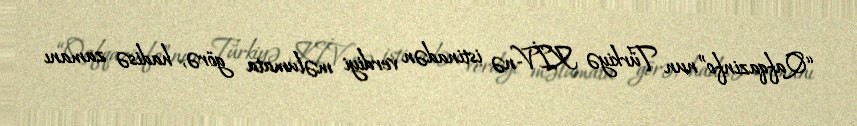
“Qafqazinfo”nun Türkiyə KİV-nə istinadən verdiyi məlumata görə, hadisə zamanı